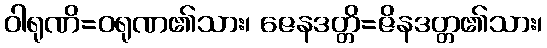
ဝါရုဏိ=ဝရုဏ၏သား၊ ဇေနဒတ္တိ=ဇိနဒတ္တ၏သား၊